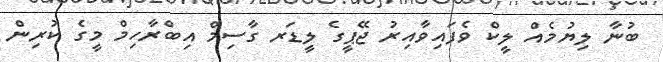
ބުނާ ލިޔުމެއް ލީކް ވެފައިވާއިރު ޖޭޕީގެ ލީޑަރ ގާސިމް އިބްރާހިމް މީގެ ކުރިން